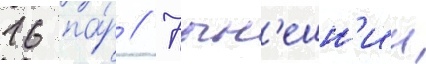
16 па́р // Нын'ешн'ии